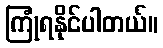
ကြုံရနိုင်ပါတယ်။